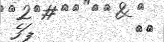
٥٨         ފަހެ